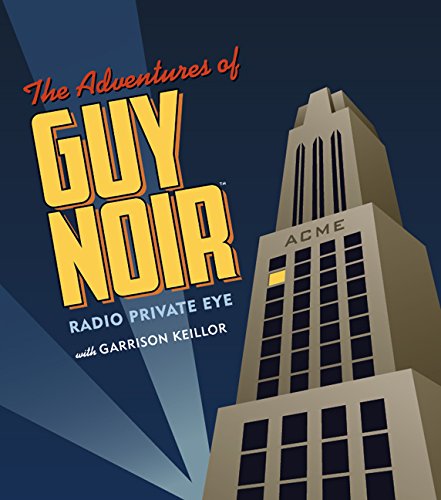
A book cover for The Adventures of Guy Noir: Radio Private Eye; Humor & Entertainment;